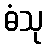
ဓံသု